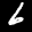
Label: 6